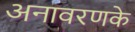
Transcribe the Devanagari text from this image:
अनावरणके